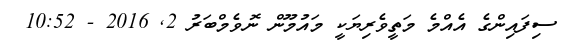
ސިފައިންގެ އެއްމެ މަތީވެރިޔަކީ މައުމޫން ނޮވެމްބަރު 2